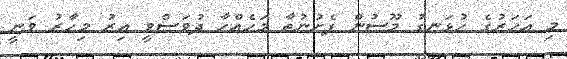
މި އަހަރުގެ ހުޅަނގު މޫސުން ފެށުނުތާ މަހެއްހާ ދުވަސްވީ އިރު މިހާރު ވަނީ